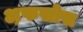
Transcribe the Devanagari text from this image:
अ़फसोस